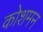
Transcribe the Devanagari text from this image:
कोशमन